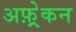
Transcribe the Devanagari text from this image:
अफ़्र्रेकन